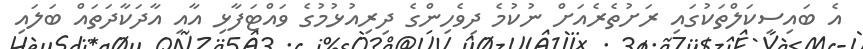
އެ ބައިސިކަލްތަކުގައި ރަށުތެރެއަށް ނުކުމެ ދިވެހިންގެ ދިރިއުޅުމުގެ ވައްޓަފާޅި އާއި އާދަކާދަތައް ބަލައި